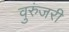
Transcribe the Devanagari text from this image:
वुरुंजरी